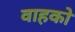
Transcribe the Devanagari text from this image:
वाहको